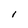
Character: l